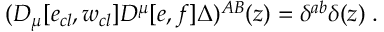
( { \cal D } _ { \mu } [ e _ { c l } , w _ { c l } ] { \cal D } ^ { \mu } [ e , f ] \Delta ) ^ { A B } ( z ) = \delta ^ { a b } \delta ( z ) \; .